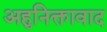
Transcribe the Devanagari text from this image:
अहुनिक्तावाद